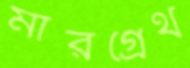
মারগ্রেথ